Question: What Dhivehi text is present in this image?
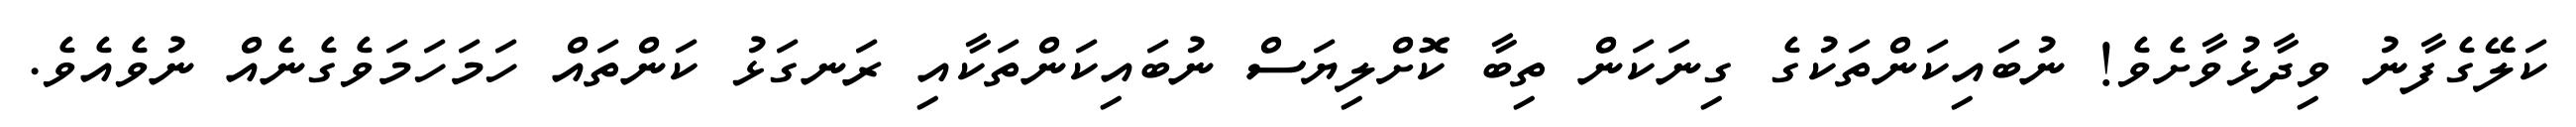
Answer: ކަލޭގެފާނު ވިދާޅުވާށެވެ! ނުބައިކަންތަކުގެ ގިނަކަން ތިބާ ކޮށްލިޔަސް ނުބައިކަންތަކާއި ރަނގަޅު ކަންތައް ހަމަހަމަވެގެނެއް ނުވެއެވެ.